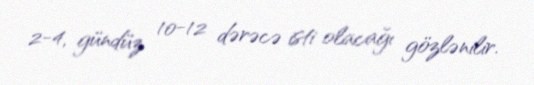
2-4, gündüz 10-12 dərəcə isti olacağı gözlənilir.